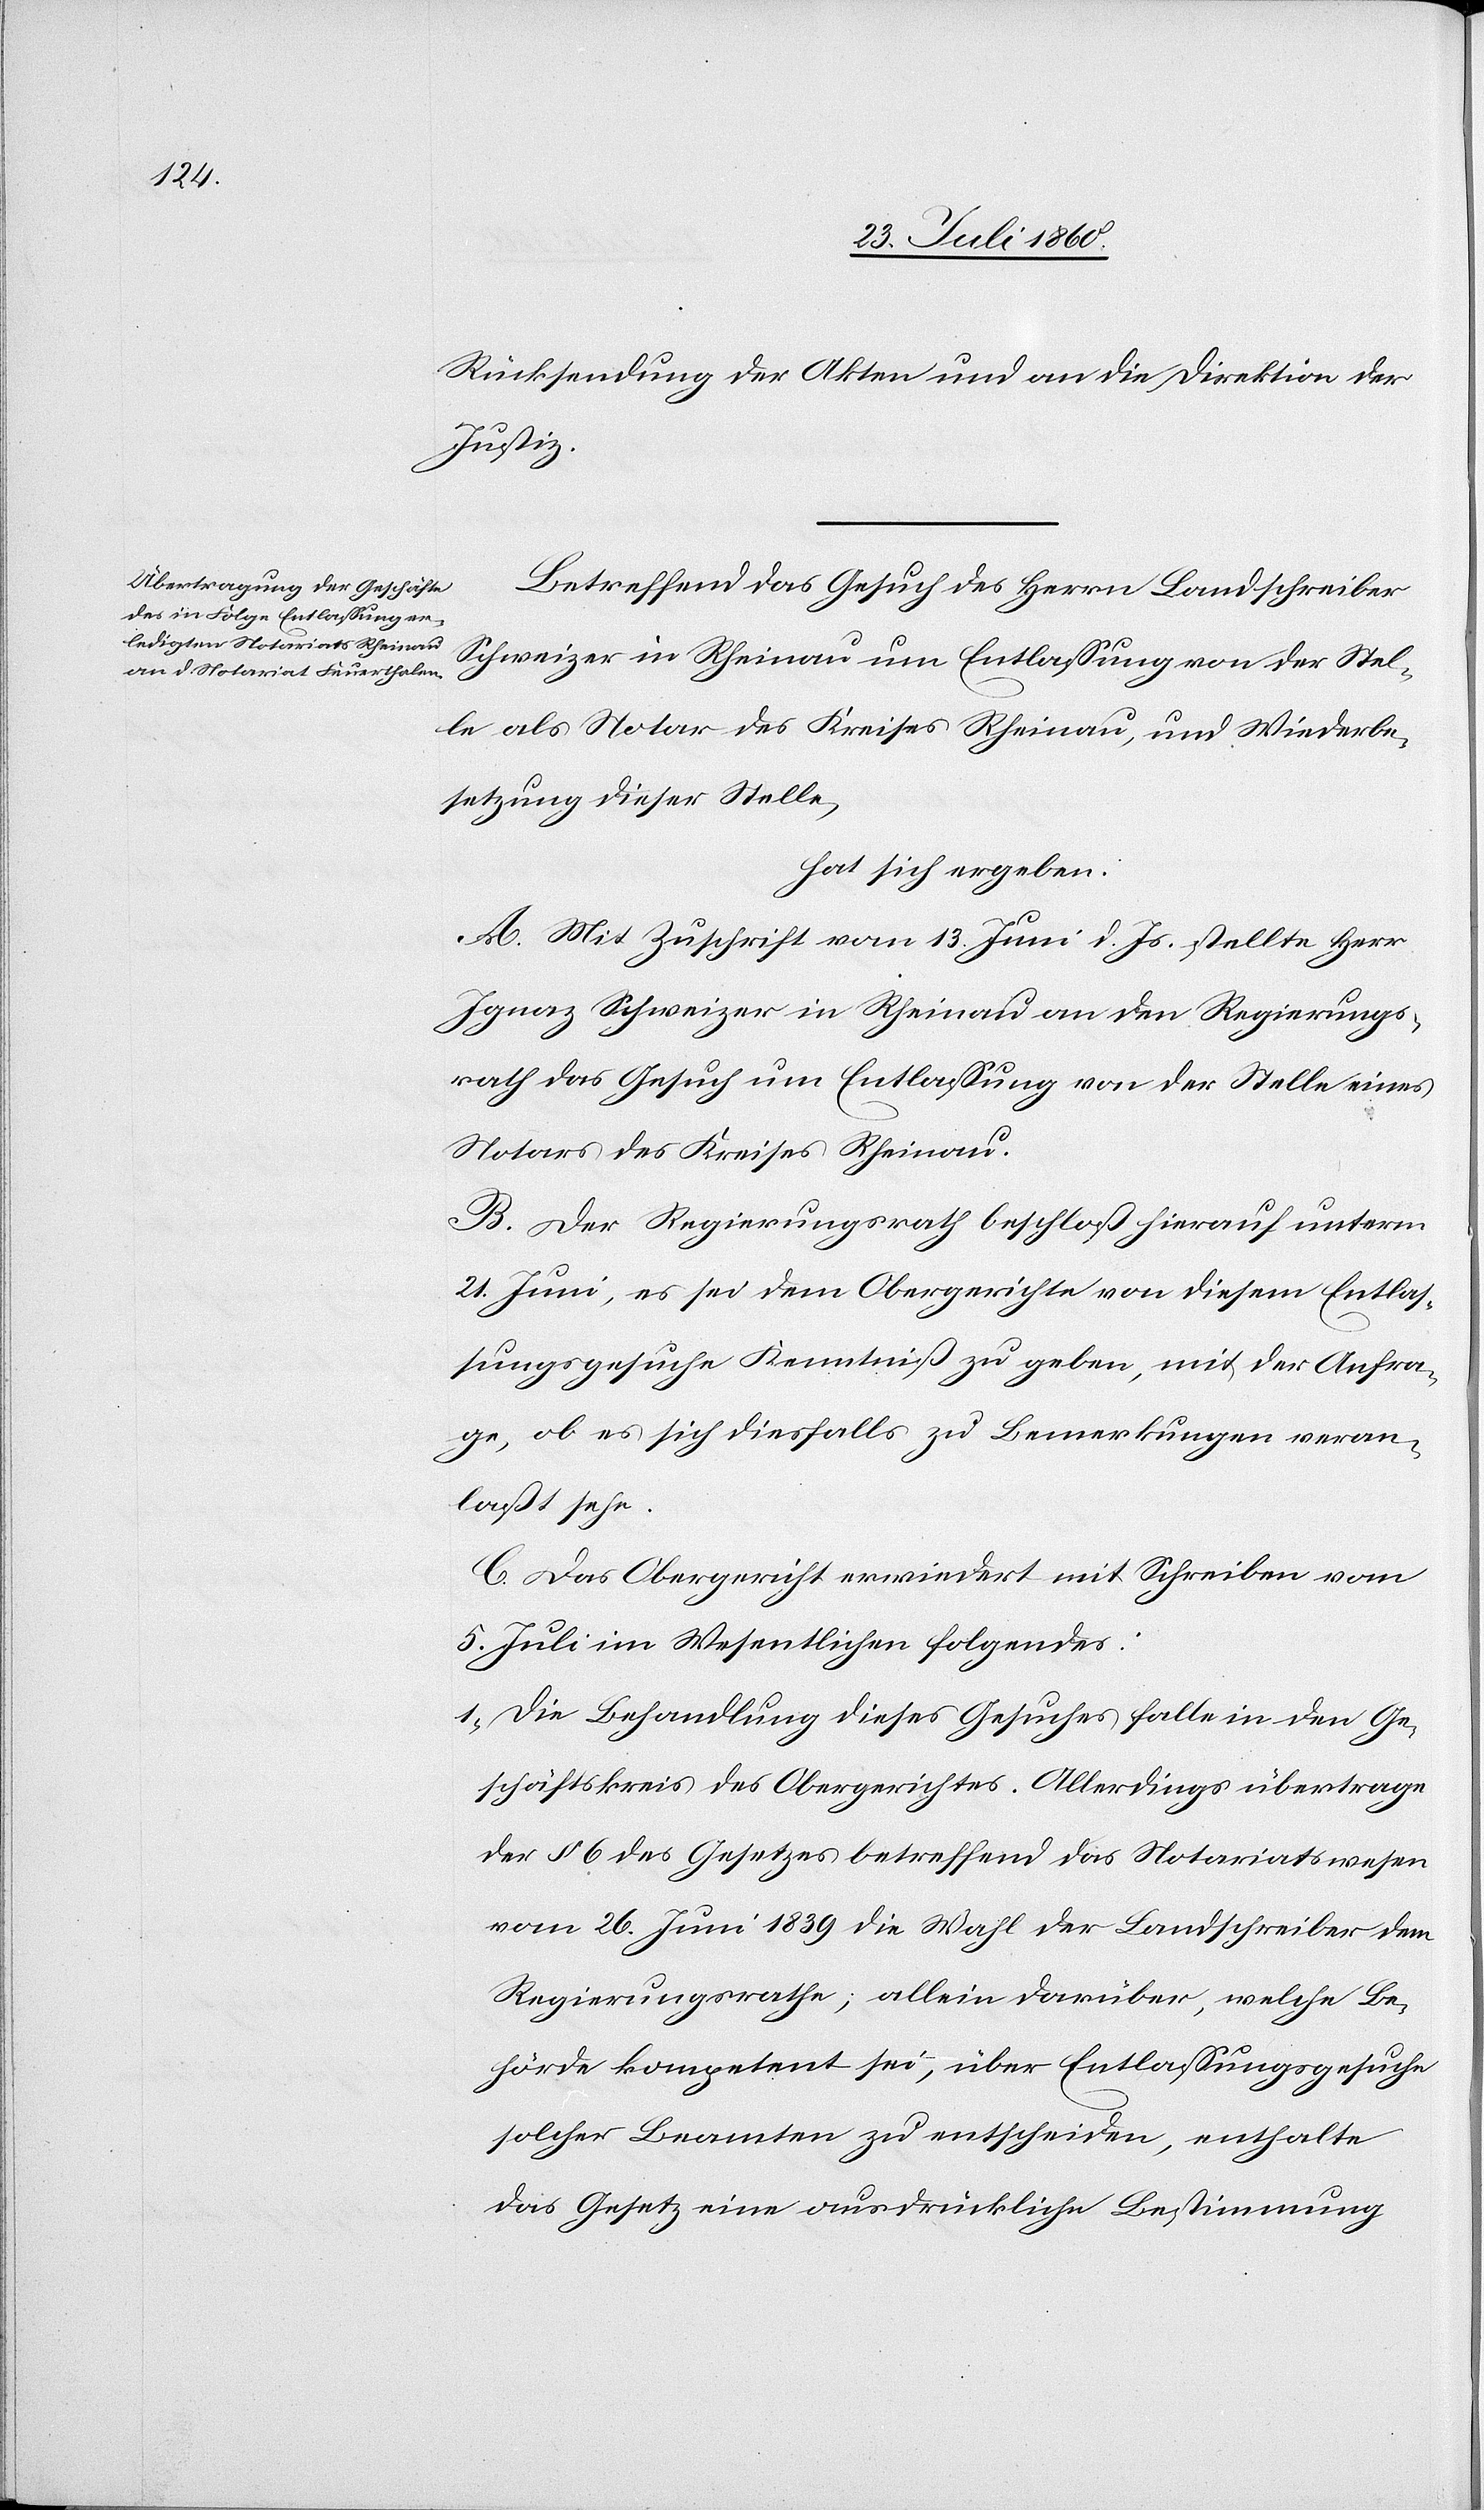
Rücksendung der Akten;) b) an die Direktion der
Justiz.
Betreffend das Gesuch des Herrn Landschreiber
Schweizer in Rheinau um Entlassung von der Stel¬
le als Notar des Kreises Rheinau und Wiederbe¬
setzung dieser Stelle,
hat sich ergeben:
A. Mit Zuschrift vom 13. Juni d. Js. stellte Herr
Ignaz Schweizer in Rheinau an den Regierungs¬
rath das Gesuch um Entlassung von der Stelle eines
Notars des Kreises Rheinau.
B. Der Regierungsrath beschloß hierauf unterm
21. Juni, es sei dem Obergericht von diesem Entlas¬
sungsgesuche Kenntniss zu geben, mit der Anfra¬
ge, ob es sich diesfalls zu Bemerkungen veran¬
lasst sehe.
C. Das Obergericht erwiedert mit Schreiben vom
5. Juli im Wesentlichen Folgendes:
1) Die Behandlung dieses Gesuches falle in den Ge¬
schäftskreis des Obergerichtes. Allerdings übertrage
der §. 6 des Gesetzes betreffend das Notariatswesen
vom 26. Juni 1839 die Wahl der Landschreiber dem
Regierungsrathe; allein darüber, welche Be¬
hörde kompetent sei, über Entlassungsgesuche
solcher Beamten zu entscheiden, enthalte
das Gesetz eine ausdrückliche Bestimmung